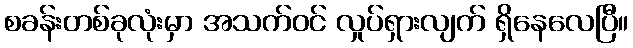
စခန်းတစ်ခုလုံးမှာ အသက်ဝင် လှုပ်ရှားလျက် ရှိနေလေပြီ။